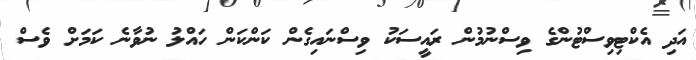
އަދި އެކްޓިވިސްޓުންގެ ވިސްނުމުން ރައީސަކު ވިސްނައިގެން ކަންކަން ހައްލު ނުވާނެ ކަމަށް ވެސް